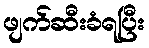
ဖျက်ဆီးခံရပြီး